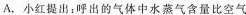
A.小红提出：呼出的气体中水蒸气含量比空气